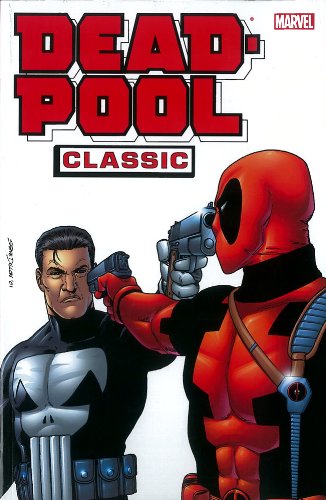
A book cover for Deadpool Classic - Volume 7; Jimmy Palmiotti; Comics & Graphic Novels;